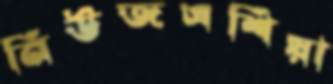
নিউজএশিয়া